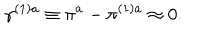
\gamma ^ { ( 1 ) a } \equiv \pi ^ { a } - \pi ^ { ( 1 ) a } \approx 0 .